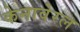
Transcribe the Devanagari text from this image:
केनावेरल